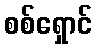
စစ်ရှောင်